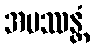
အပဿန္တံ